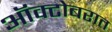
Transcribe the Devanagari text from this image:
ऑक्टोबरात